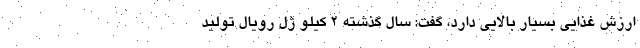
ارزش غذایی بسیار بالایی دارد، گفت: سال گذشته ۲ کیلو ژل رویال تولید